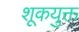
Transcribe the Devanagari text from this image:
शूकयुक्त